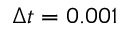
\Delta t = 0 . 0 0 1